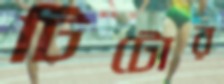
টিটোর